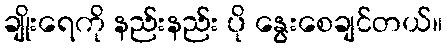
ချိုးရေကို နည်းနည်း ပို နွေးစေချင်တယ်။